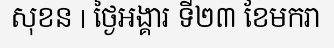
សុខន | ថ្ងៃអង្គារ ទី២៣ ខែមករា